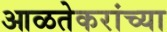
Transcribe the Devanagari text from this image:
आळतेकरांच्या